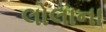
લોલાના